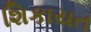
શિકાયત